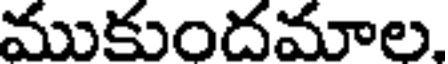
ముకుందమాల,